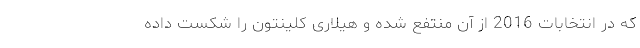
که در انتخابات 2016 از آن منتفع شده و هیلاری کلینتون را شکست داده